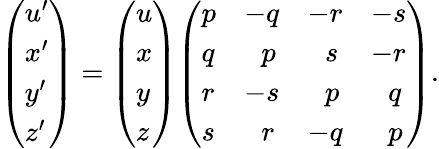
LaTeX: {\left(\begin{array}{l}{u^{\prime}}\\ {x^{\prime}}\\ {y^{\prime}}\\ {z^{\prime}}\end{array}\right)}={\left(\begin{array}{l}{u}\\ {x}\\ {y}\\ {z}\end{array}\right)}{\left(\begin{array}{llll}{p}&{-q}&{-r}&{-s}\\ {q}&{\; \, \, p}&{\; \, \, s}&{-r}\\ {r}&{-s}&{\; \, \, p}&{\; \, \, q}\\ {s}&{\; \, \, r}&{-q}&{\; \, \, p}\end{array}\right)}.